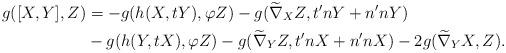
LaTeX: \begin{align*}g([X,Y], Z) &=-g(h(X,tY), \varphi Z)-g(\widetilde\nabla_{X}Z, t'nY+n'nY) \\ & -g(h(Y,tX), \varphi Z)-g(\widetilde\nabla_{Y}Z, t'nX+n'nX)-2g(\widetilde\nabla_{Y}X, Z).\end{align*}